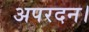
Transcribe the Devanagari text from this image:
अपरदन।